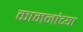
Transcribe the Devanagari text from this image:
कामनांच्या